Kominterni_Eesti_sektsioon_Moskvas, lk 41
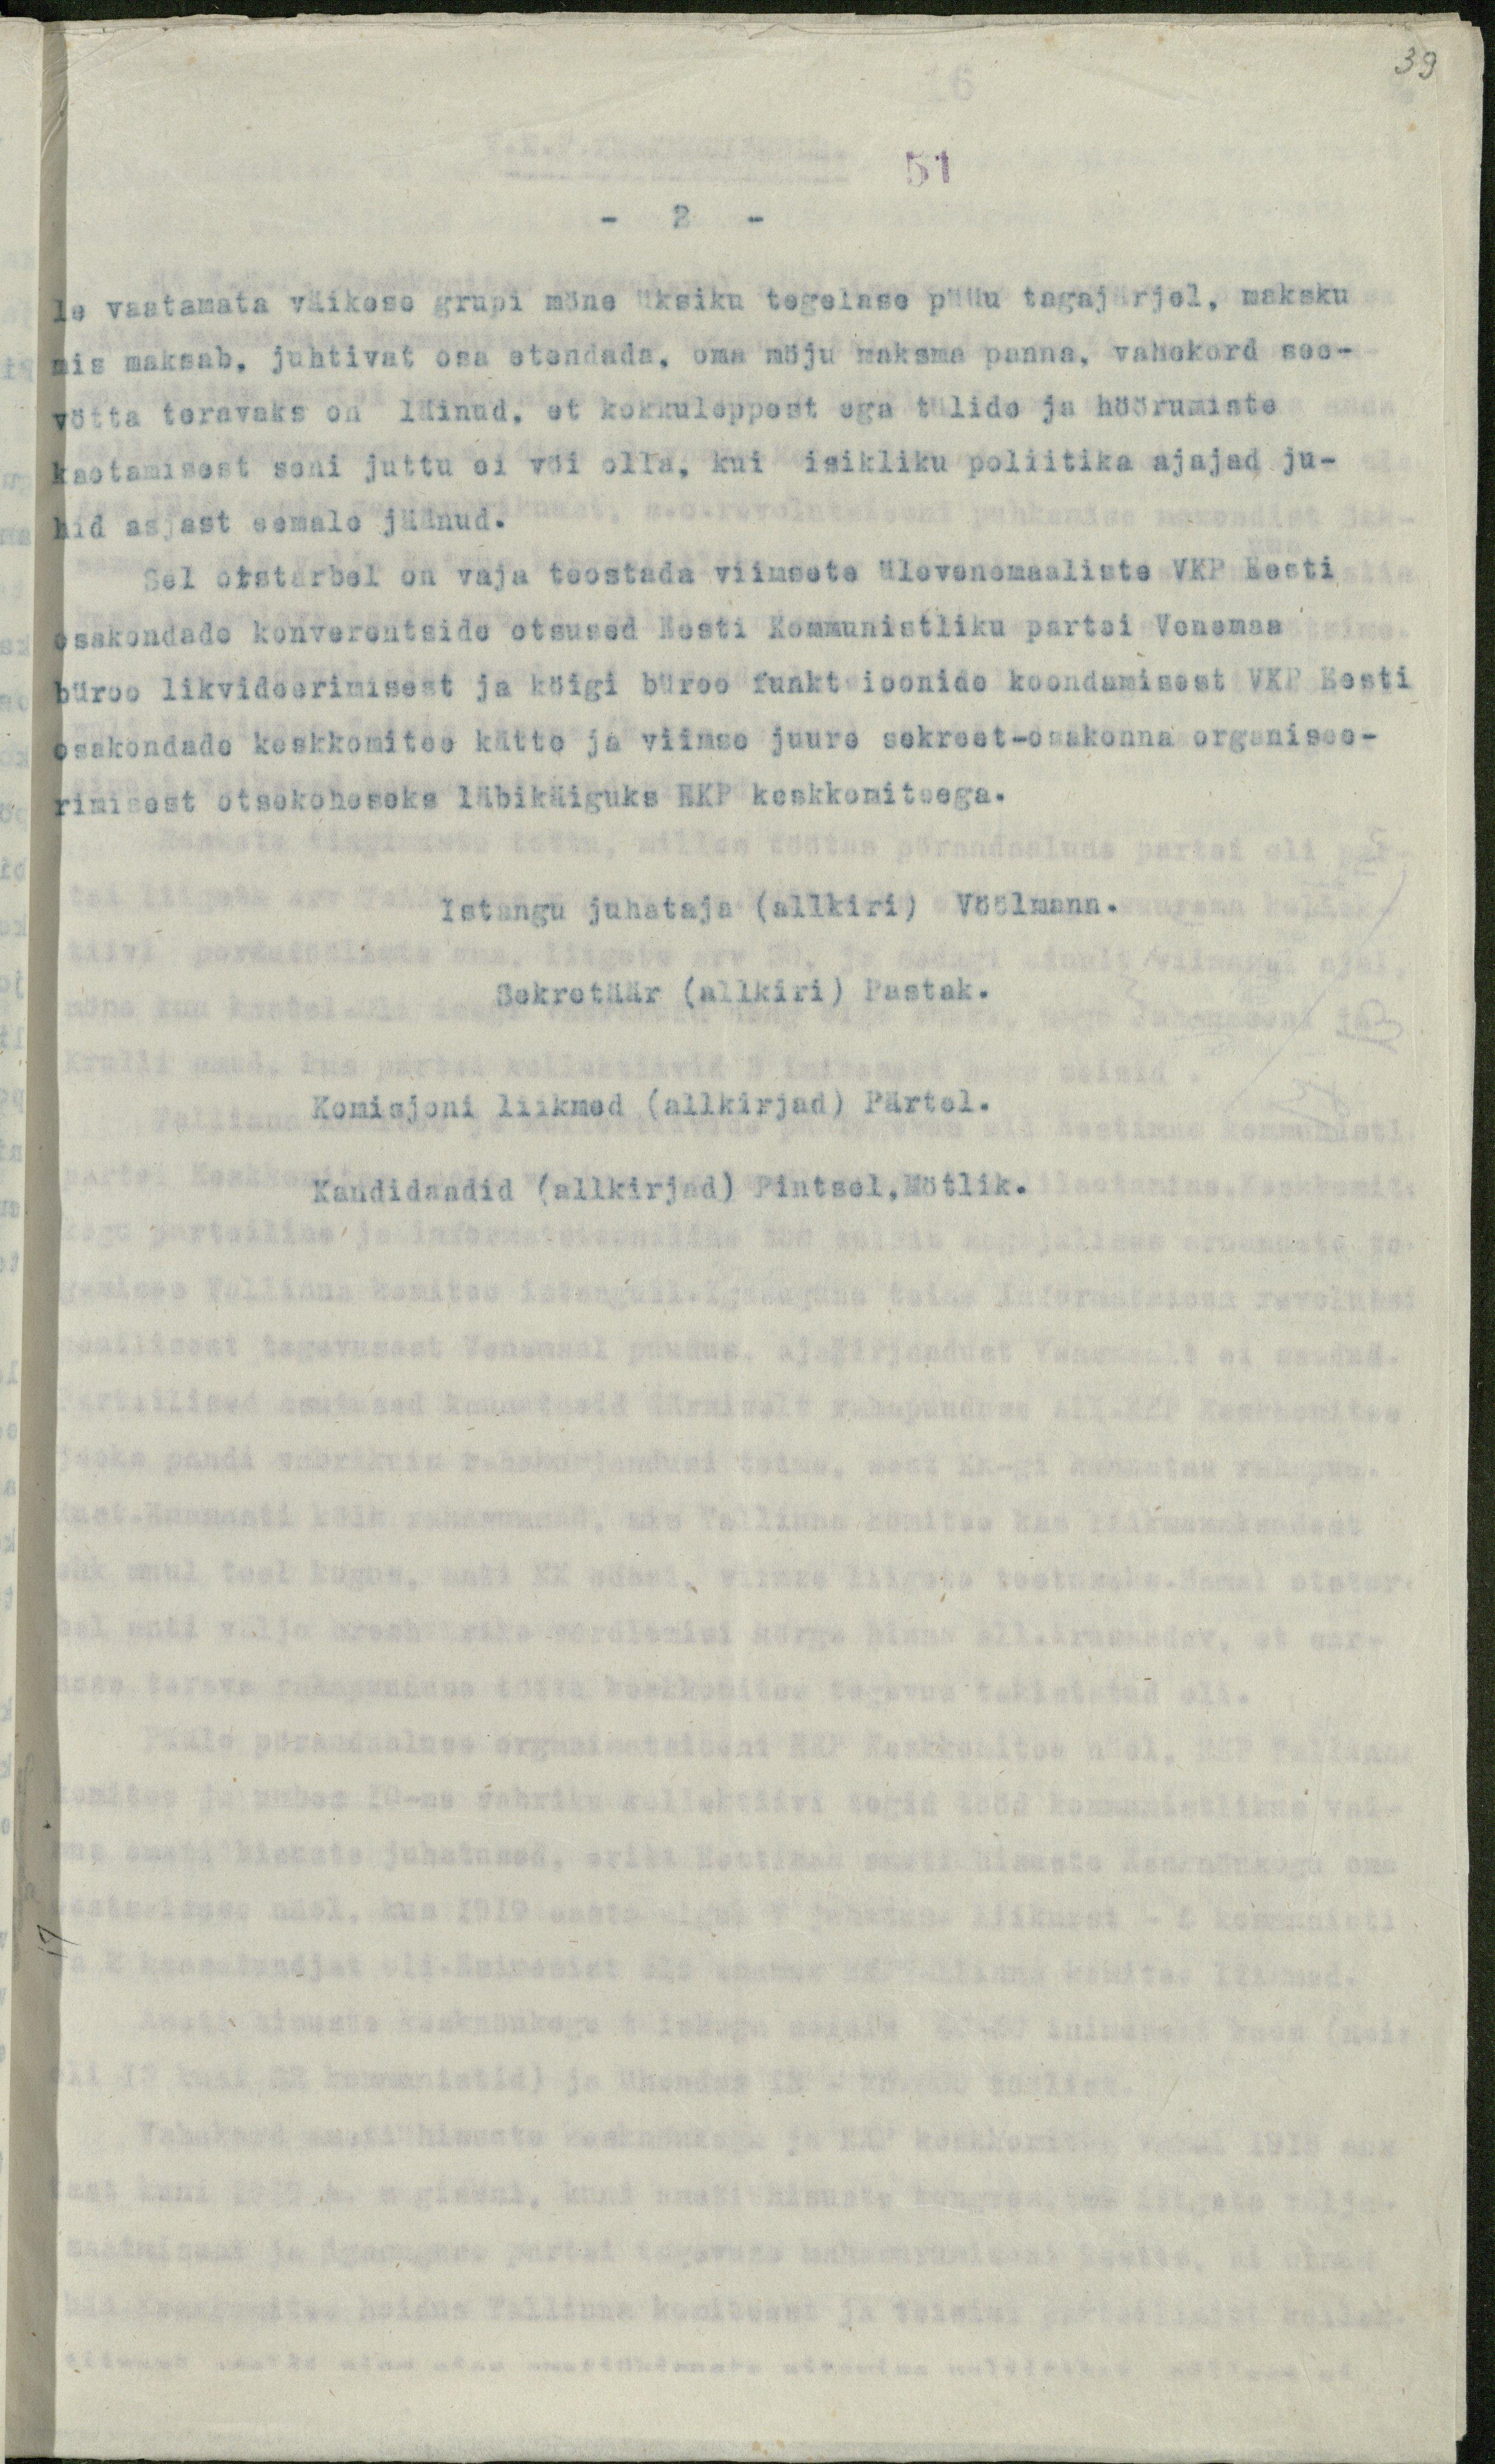
39

51
- 2 -
le vaatamata väikese grupi möne üksiku tegelase püüu tagajärjel, maksku
mis maksab, juhtivat osa etendada, oma möju maksma panna, vahekord see-
vötta teravaks on läinud, et kokkuleppest ega tülide ja höörumiste
jaotamisest seni juttu ei vöi olla, kui isikliku poliitika ajajad ju-
hid asjast eemale jäänud.
Sel otstarbel on vaja teostada viimsete ülevenemaaliste VKP Eesti
osakondade konverentside otsused Eesti Kommunistliku partei Venemaa
büroo likvideerimisest ja köigi büroo funktsioonide koondumisest VKP Eesti
osakondade keskkomitee kätte ja viimse juure sekreet-osakonna organisee-
rimisest otsekoheseks läbikäiguks EKP keskkomiteega.
Istangu juhataja (allkiri) Vöölmann.
Sekretäär (allkiri) Pastak.
Komisjoni liikmed (allkirjad) Pärtel.
Kandidaadid (allkirjad) Pintsel,Mötlik.